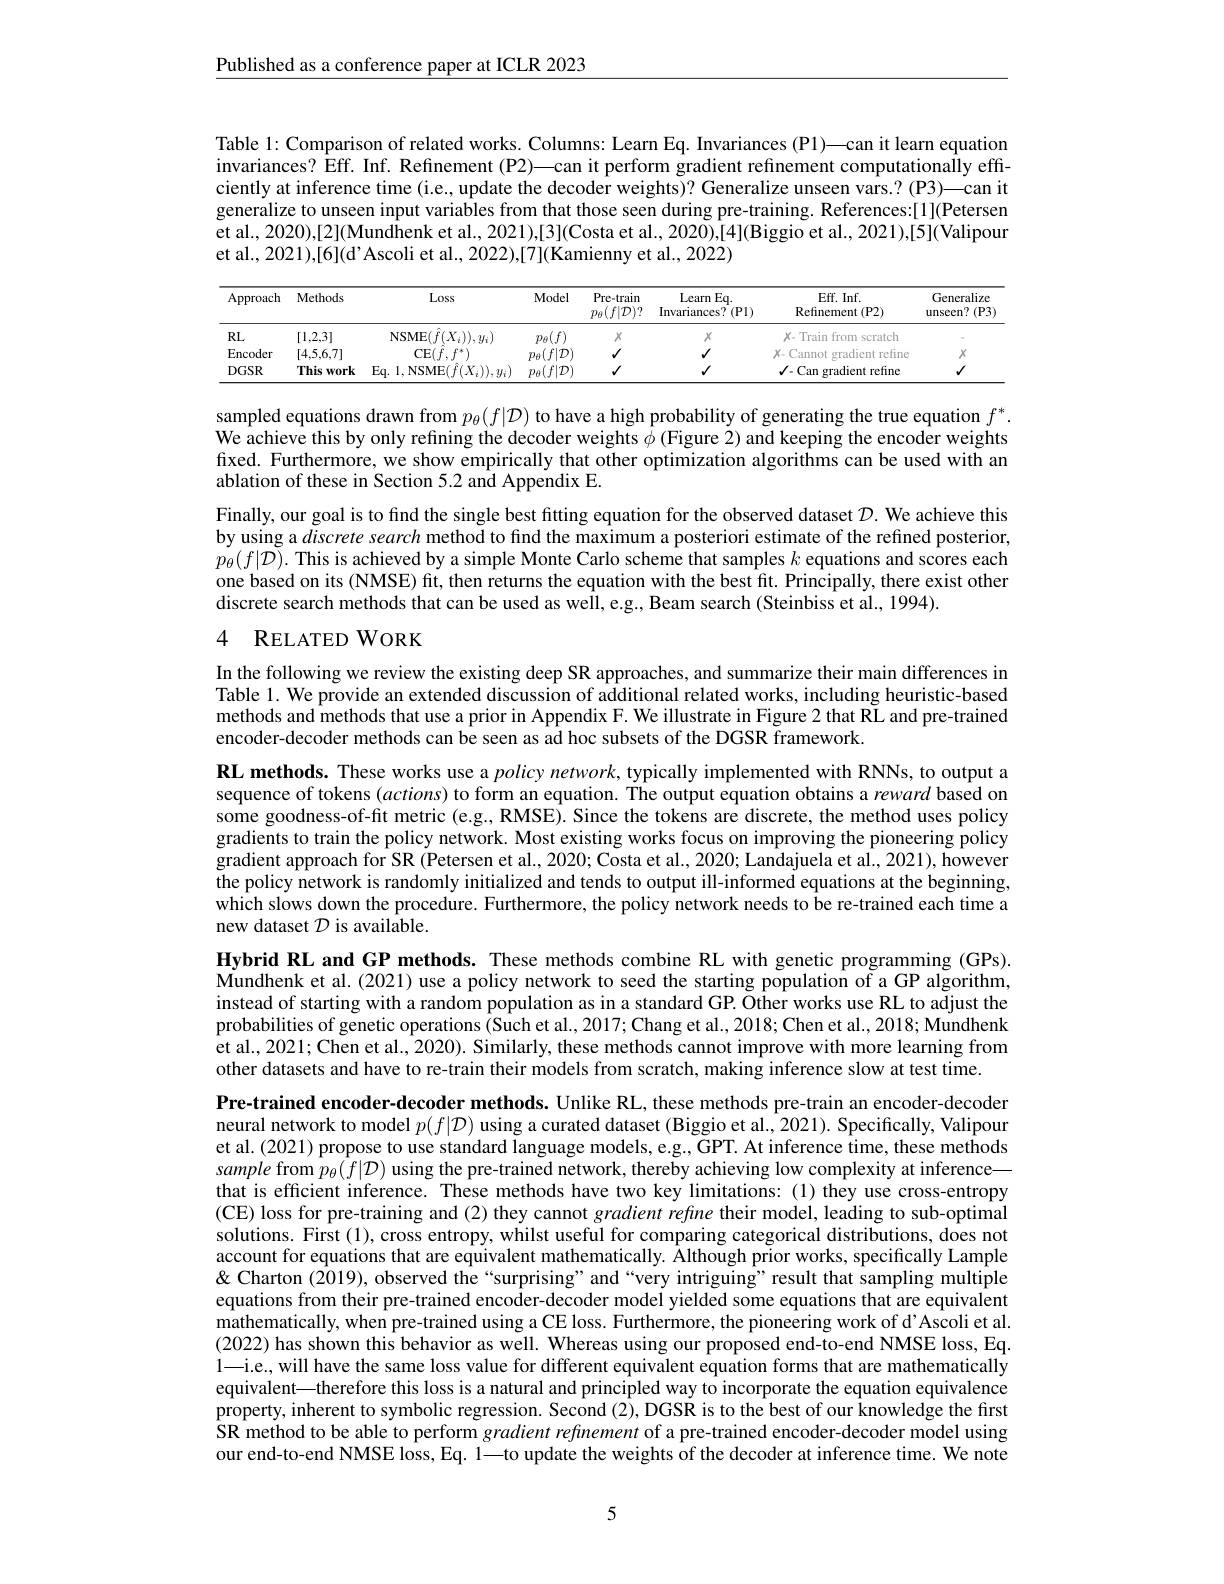
Published as a conference paper at ICLR 2023

Table 1: Comparison of related works. Columns: Learn Eq. Invariances (Pl)—can it learn equation invariances? $\hat{\text{Eff.Inf.Refinement(P2)—can it perform gradient refinement computationally effi-}}$ ciently at inference time (i.e., update the decoder weights)? Generalize unseen vars.? (P3)—can it generalize to unseen input variables from that those seen during pre-training. References:[1](Petersen et al., 2020),[2](Mundhenk et al., 2021),[3](Costa et al., 2020),[4](Biggio et al., 2021),[5](Valipour et al., 2021),[6](d'Ascoli et al., 2022),[7](Kamienny et al., 2022)

<table>
	<tbody>
		<tr>
			<th>Approach</th>
			<th>Methods</th>
			<th>Loss</th>
			<th>Model</th>
			<th>Pre- train $p_{\theta}(f|\mathcal{D})?$</th>
			<th>Learn Eq. Invariances? $(\mathbf{Pl})$</th>
			<th>Eff. Inf. Refinement (P2)</th>
			<th>Generalize unseen? (P3)</th>
		</tr>
		<tr>
			<td>RL</td>
			<td>[1,2,3]</td>
			<td>$\mathsf{NSME}(\hat{f}(X_{i})),y_{i})$</td>
			<td>$p_{\theta}$</td>
			<td>$X$</td>
			<td>$X$</td>
			<td>$X-$Train from scratch</td>
			<td> </td>
		</tr>
		<tr>
			<td>Encoder</td>
			<td>[4,5,6,7]</td>
			<td>$\operatorname{CE}(f,f^{*}$</td>
			<td>$\nu(f|\mathcal{D})$ $p_{\theta}$ 1</td>
			<td>$√$</td>
			<td>$√$</td>
			<td>$X-$ Cannot gradient refine</td>
			<td>$X$</td>
		</tr>
		<tr>
			<td>DGSR</td>
			<td>This work</td>
			<td>Eq. 1, NSME$( \hat{f} ( X_{i}) ) , y_{i})$</td>
			<td>$a(f|\mathcal{D})$ $p_{\theta}$</td>
			<td>$√$</td>
			<td>$√$</td>
			<td>$\checkmark-$Can gradient refine</td>
			<td>$√$</td>
		</tr>
	</tbody>
</table>

sampled equations drawn from $p_\theta(f|\mathcal{D})$ to have a high probability of generating the true equation $f^*.$ We achieve this by only refining the decoder weights $\phi$ (Figure 2) and keeping the encoder weights fixed. Furthermore, we show empirically that other optimization algorithms can be used with an ablation of these in Section 5.2 and Appendix E.
Finally, our goal is to find the single best fitting equation for the observed dataset $\mathcal{D}.$ We achieve this by using a discrete search method to find the maximum a posteriori estimate of the refined posterior, $p_\theta(f|\mathcal{D}).$ This is achieved by a simple Monte Carlo scheme that samples $k$ equations and scores each one based on its (NMSE) fit, then returns the equation with the best fit. Principally, there exist other discrete search methods that can be used as well, e.g., Beam search (Steinbiss et al., 1994).

## 4 RELATED WORK

In the following we review the existing deep SR approaches, and summarize their main differences in Table 1. We provide an extended discussion of additional related works, including heuristic-based methods and methods that use a prior in Appendix F. We illustrate in Figure 2 that RL and pre-trained encoder-decoder methods can be seen as ad hoc subsets of the DGSR framework.

RL methods. These works use a policy network, typically implemented with RNNs, to output a sequence of tokens $(actions)$ to form an equation. The output equation obtains a reward based on some goodness-of-fit metric (e.g, RMSE). Since the tokens are discrete, the method uses policy gradients to train the policy network. Most existing works focus on improving the pioneering policy gradient approach for SR (Petersen et al., 2020; Costa et al., 2020; Landajuela et al., 2021), however the policy network is randomly initialized and tends to output ill-informed equations at the beginning, which slows down the procedure. Furthermore, the policy network needs to be re-trained each time a new dataset $\mathcal D$ is available.

Hybrid RL and GP methods. These methods combine RL with genetic programming (GPs). Mundhenk et al. (2021) use a policy network to seed the starting population of a GP algorithm, instead of starting with a random population as in a standard GP. Other works use RL to adjust the probabilities of genetic operations (Such et al., 2017; Chang et al., 2018; Chen et al., 2018; Mundhenk $\hat{\text{et al., 2021; Chen et al., 2020). }}$Similarly, these methods cannot improve with more learning from other datasets and have to re-train their models from scratch, making inference slow at test time.

Pre-trained encoder-decoder methods. Unlike RL, these methods pre-train an encoder-decoder neural network to model $p(f|\mathcal{D})$ using a curated dataset (Biggio et al., 2021). Specifically, Valipour et al. (2021) propose to use standard language models, e.g., GPT. At inference time, these methods sample from $p_\theta(f|\mathcal{D})$ using the pre-trained network, thereby achieving low complexity at inference— that is efficient inference. These methods have two key limitations: (1) they use cross-entropy (CE) loss for pre-training and (2) they cannot gradient refme their model, leading to sub-optimal solutions. First (1), cross entropy, whilst useful for comparing categorical distributions, does not account for equations that are equivalent mathematically. Although prior works, specifically Lample & Q Charton (2019), observed the “surprising”and“very intriguing”result that sampling multiple equations from their pre-trained encoder-decoder model yielded some equations that are equivalent mathematically, when pre-trained using a CE loss. Furthermore, the pioneering work of d'Ascoli et al. (2022) has shown this behavior as well. Whereas using our proposed end-to-end NMSE loss, Eq. 1—i.e., will have the same loss value for different equivalent equation forms that are mathematically equivalent—therefore this loss is a natural and principled way to incorporate the equation equivalence property, inherent to symbolic regression. Second (2), DGSR is to the best of our knowledge the first SR method to be able to perform gradient refinement of a pre-trained encoder-decoder model using our end-to-end NMSE loss, Eq. 1—to update the weights of the decoder at inference time. We note

5